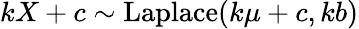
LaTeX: kX+c\sim{\textrm{Laplace}}(k\mu+c,kb)